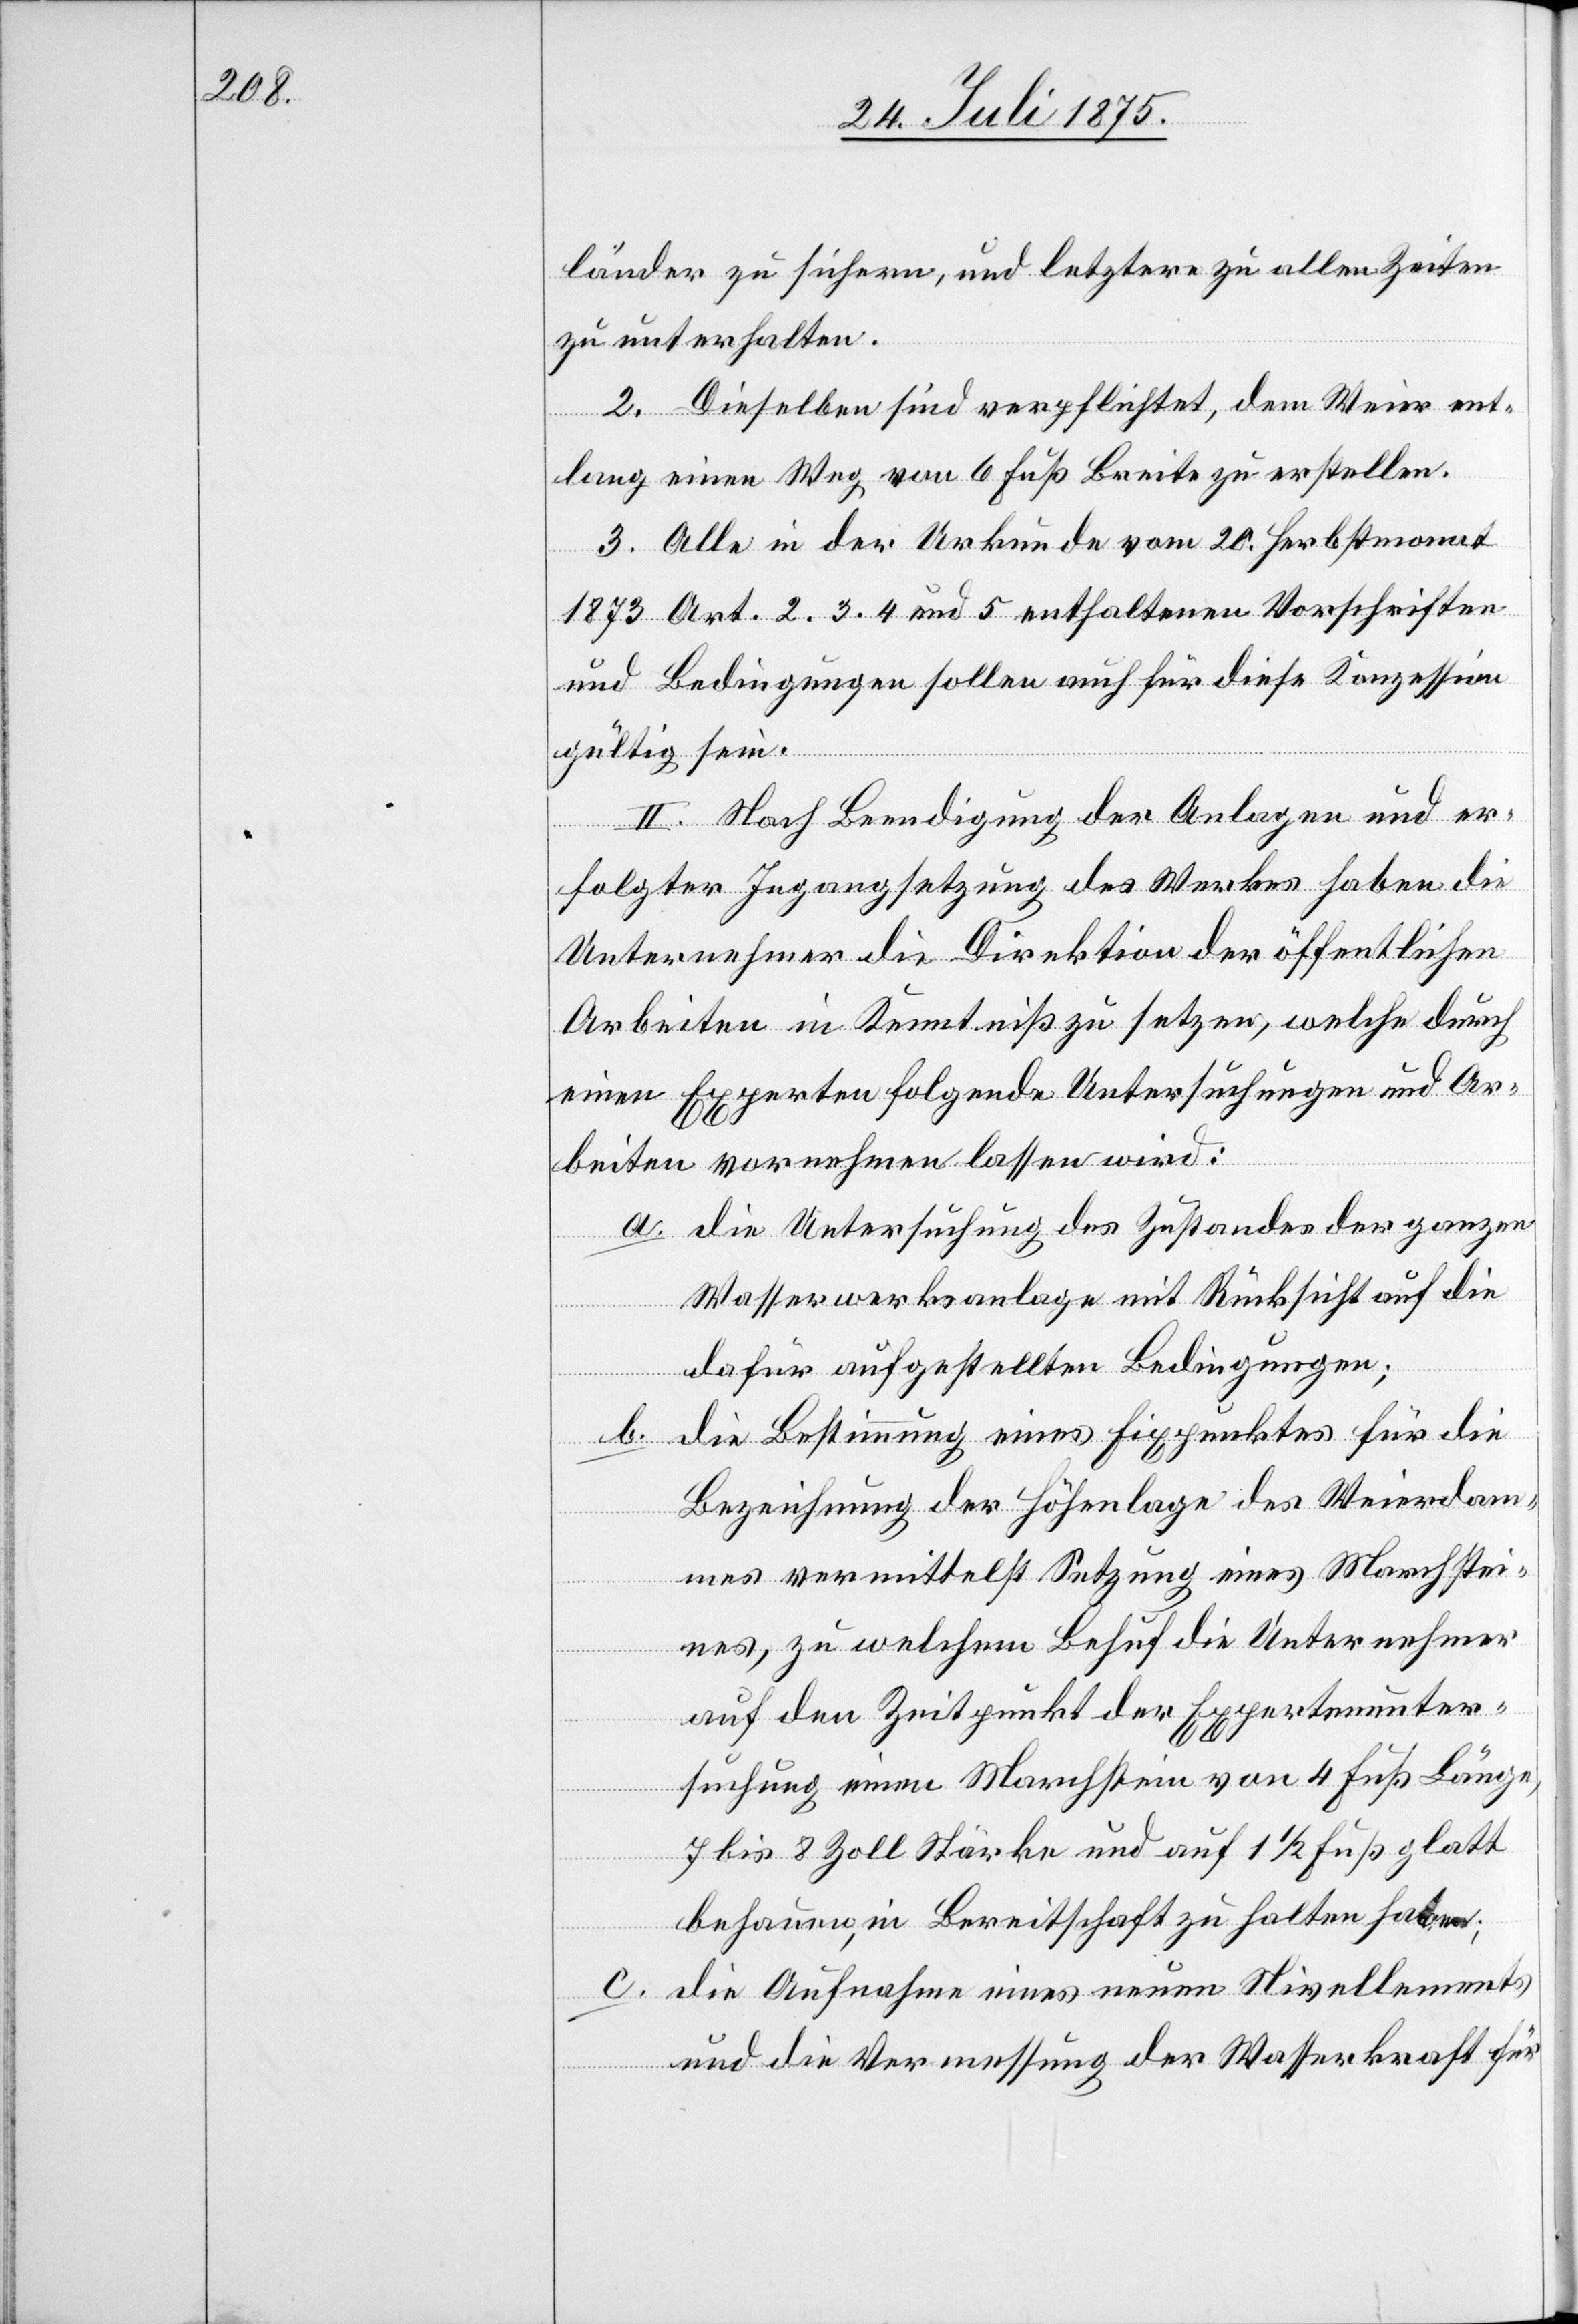
länder zu sichern, und letztere zu allen Zeiten
zu unterhalten.
2. Dieselben sind verpflichtet, dem Weier ent¬
lang einen Weg von 6 Fuß Breite zu erstellen.
3. Alle in der Urkunde vom 20. Herbstmonat
1873 Art. 2. 3. 4. und 5 enthaltenen Vorschriften
und Bedingungen sollen auch für diese Konzession
gültig sein.
II. Nach Beendigung der Anlagen und er¬
folgter Instandsetzung des Werkes haben die
Unternehmer die Direktion der öffentlichen
Arbeiten in Kenntniß zu setzen, welche durch
einen Experten folgende Untersuchungen und Ar¬
beiten vornehmen lassen wird:
a. die Untersuchung des Zustandes der ganzen
Wasserwerksanlage mit Rücksicht auf die
dafür aufgestellten Bedingungen;
die Bestimmung eines Fixpunktes für die
Bezeichnung der Höhenlage des Weierdam¬
mes vermittelst Setzung eines Marchstei¬
nes, zu welchem Behuf die Unternehmer
auf den Zeitpunkt der Expertenunter¬
suchung einen Marchstein von 4 Fuß Länge,
7 bis 8 Zoll Stärke und auf 1 1/2 Fuß glatt
behauen, in Bereitschaft zu halten hat;
c. die Aufnahme eines neuen Nivellements
und die Vermessung der Wasserkraft für